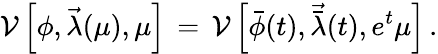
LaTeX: {\cal V}\left[\phi,{\vec{\lambda}}(\mu),\mu\right]\, =\, {\cal V}\left[{\bar{\phi}}(t),{\vec{\bar{\lambda}}}(t),e^{t}\mu\right]\, .